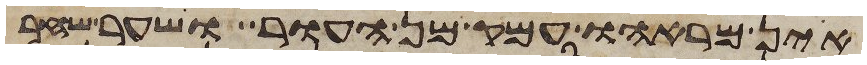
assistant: אין מראהו עמק מן העור ושער שחר